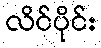
လိင်ပိုင်း